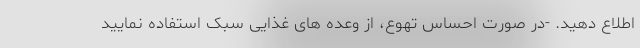
اطلاع دهید. -در صورت احساس تهوع، از وعده های غذایی سبک استفاده نمایید